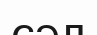
сәл